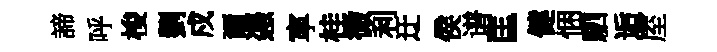
諦呼梭劉戍爾慿寕桂微利迂侯谱匡健悃駟逅厔